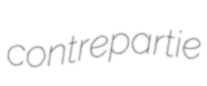
contrepartie